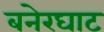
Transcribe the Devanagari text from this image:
बनेरघाट